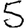
Digit: 5